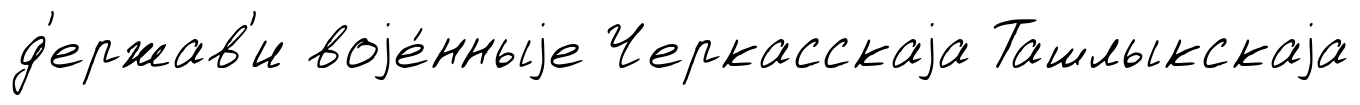
д'ержав'и воjе́нныjе Черкасскаjа Ташлыкскаjа